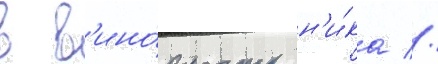
в в'ино́вность н'и́ка //